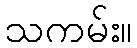
သကမ်း။